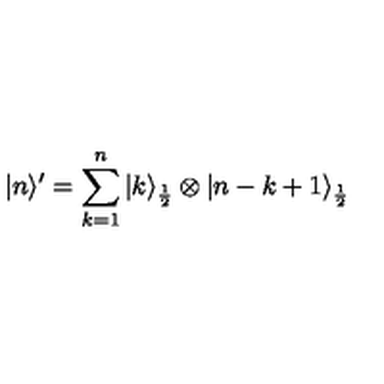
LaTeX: | n \rangle ^ { \prime } = \sum _ { k = 1 } ^ { n } | k \rangle _ { \frac { 1 } { 2 } } \otimes | n - k + 1 \rangle _ { \frac { 1 } { 2 } }